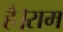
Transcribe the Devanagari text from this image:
है।राम